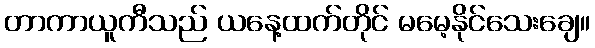
တာကာယူကီသည် ယနေ့ထက်တိုင် မမေ့နိုင်သေးချေ။